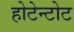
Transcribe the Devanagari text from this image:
होटेन्टोट